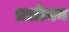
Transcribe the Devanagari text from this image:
प्रलोमन